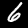
Digit: 6